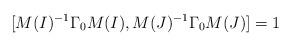
LaTeX: \begin{align*}[M(I)^{-1}\Gamma_0 M(I),M(J)^{-1}\Gamma_0 M(J)]=1\end{align*}